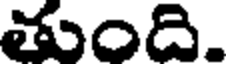
తుంది.